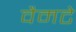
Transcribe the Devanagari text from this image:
वैमटे